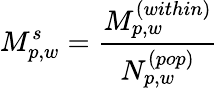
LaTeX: M_{p,w}^{s}=\frac{M_{p,w}^{(within)}}{N_{p,w}^{(pop)}}